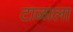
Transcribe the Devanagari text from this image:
टाळाला